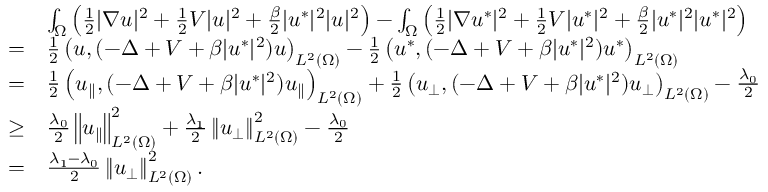
\begin{array} { r l } & { \int _ { \Omega } \left( \frac { 1 } { 2 } | \nabla u | ^ { 2 } + \frac { 1 } { 2 } V | u | ^ { 2 } + \frac { \beta } { 2 } | u ^ { * } | ^ { 2 } | u | ^ { 2 } \right) - \int _ { \Omega } \left( \frac { 1 } { 2 } | \nabla u ^ { * } | ^ { 2 } + \frac { 1 } { 2 } V | u ^ { * } | ^ { 2 } + \frac { \beta } { 2 } | u ^ { * } | ^ { 2 } | u ^ { * } | ^ { 2 } \right) } \\ { = } & { \frac { 1 } { 2 } \left( u , ( - \Delta + V + \beta | u ^ { * } | ^ { 2 } ) u \right) _ { L ^ { 2 } ( \Omega ) } - \frac { 1 } { 2 } \left( u ^ { * } , ( - \Delta + V + \beta | u ^ { * } | ^ { 2 } ) u ^ { * } \right) _ { L ^ { 2 } ( \Omega ) } } \\ { = } & { \frac { 1 } { 2 } \left( u _ { \parallel } , ( - \Delta + V + \beta | u ^ { * } | ^ { 2 } ) u _ { \parallel } \right) _ { L ^ { 2 } ( \Omega ) } + \frac { 1 } { 2 } \left( u _ { \perp } , ( - \Delta + V + \beta | u ^ { * } | ^ { 2 } ) u _ { \perp } \right) _ { L ^ { 2 } ( \Omega ) } - \frac { \lambda _ { 0 } } { 2 } } \\ { \geq } & { \frac { \lambda _ { 0 } } { 2 } \left\Vert u _ { \parallel } \right\Vert _ { L ^ { 2 } ( \Omega ) } ^ { 2 } + \frac { \lambda _ { 1 } } { 2 } \left\Vert u _ { \perp } \right\Vert _ { L ^ { 2 } ( \Omega ) } ^ { 2 } - \frac { \lambda _ { 0 } } { 2 } } \\ { = } & { \frac { \lambda _ { 1 } - \lambda _ { 0 } } { 2 } \left\Vert u _ { \perp } \right\Vert _ { L ^ { 2 } ( \Omega ) } ^ { 2 } . } \end{array}